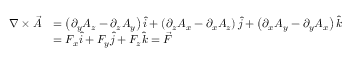
{ \begin{array} { r l } { \nabla \times { \vec { A } } } & { = \left( \partial _ { y } A _ { z } - \partial _ { z } A _ { y } \right) { \hat { i } } + \left( \partial _ { z } A _ { x } - \partial _ { x } A _ { z } \right) { \hat { j } } + \left( \partial _ { x } A _ { y } - \partial _ { y } A _ { x } \right) { \hat { k } } } \\ & { = F _ { x } { \hat { i } } + F _ { y } { \hat { j } } + F _ { z } { \hat { k } } = { \vec { F } } } \end{array} }